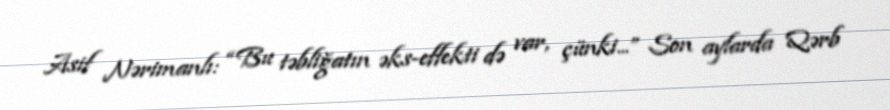
Asif Nərimanlı: “Bu təbliğatın əks-effekti də var, çünki...” Son aylarda Qərb